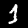
Label: 1